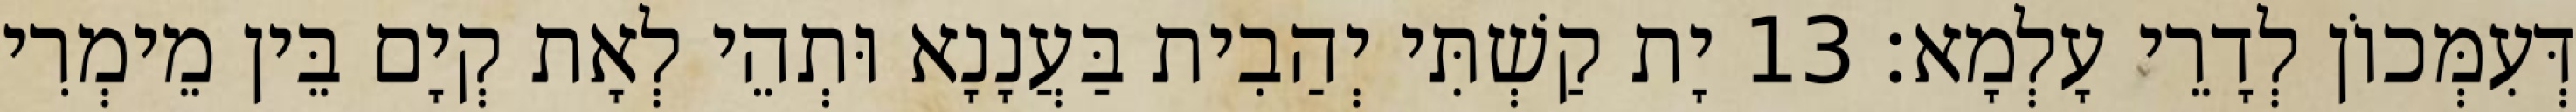
דְּעִמְּכוֹן לְדָרֵי עָלְמָא׃ 13 יָת קַשְׁתִּי יְהַבִית בַּעֲנָנָא וּתְהֵי לְאָת קְיָם בֵּין מֵימְרִי